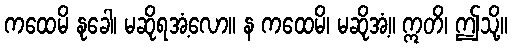
ကထေမိ နုခေါ၊ မဆိုရအံ့လော။ န ကထေမိ၊ မဆိုအံ့။ ဣတိ၊ ဤသို့။